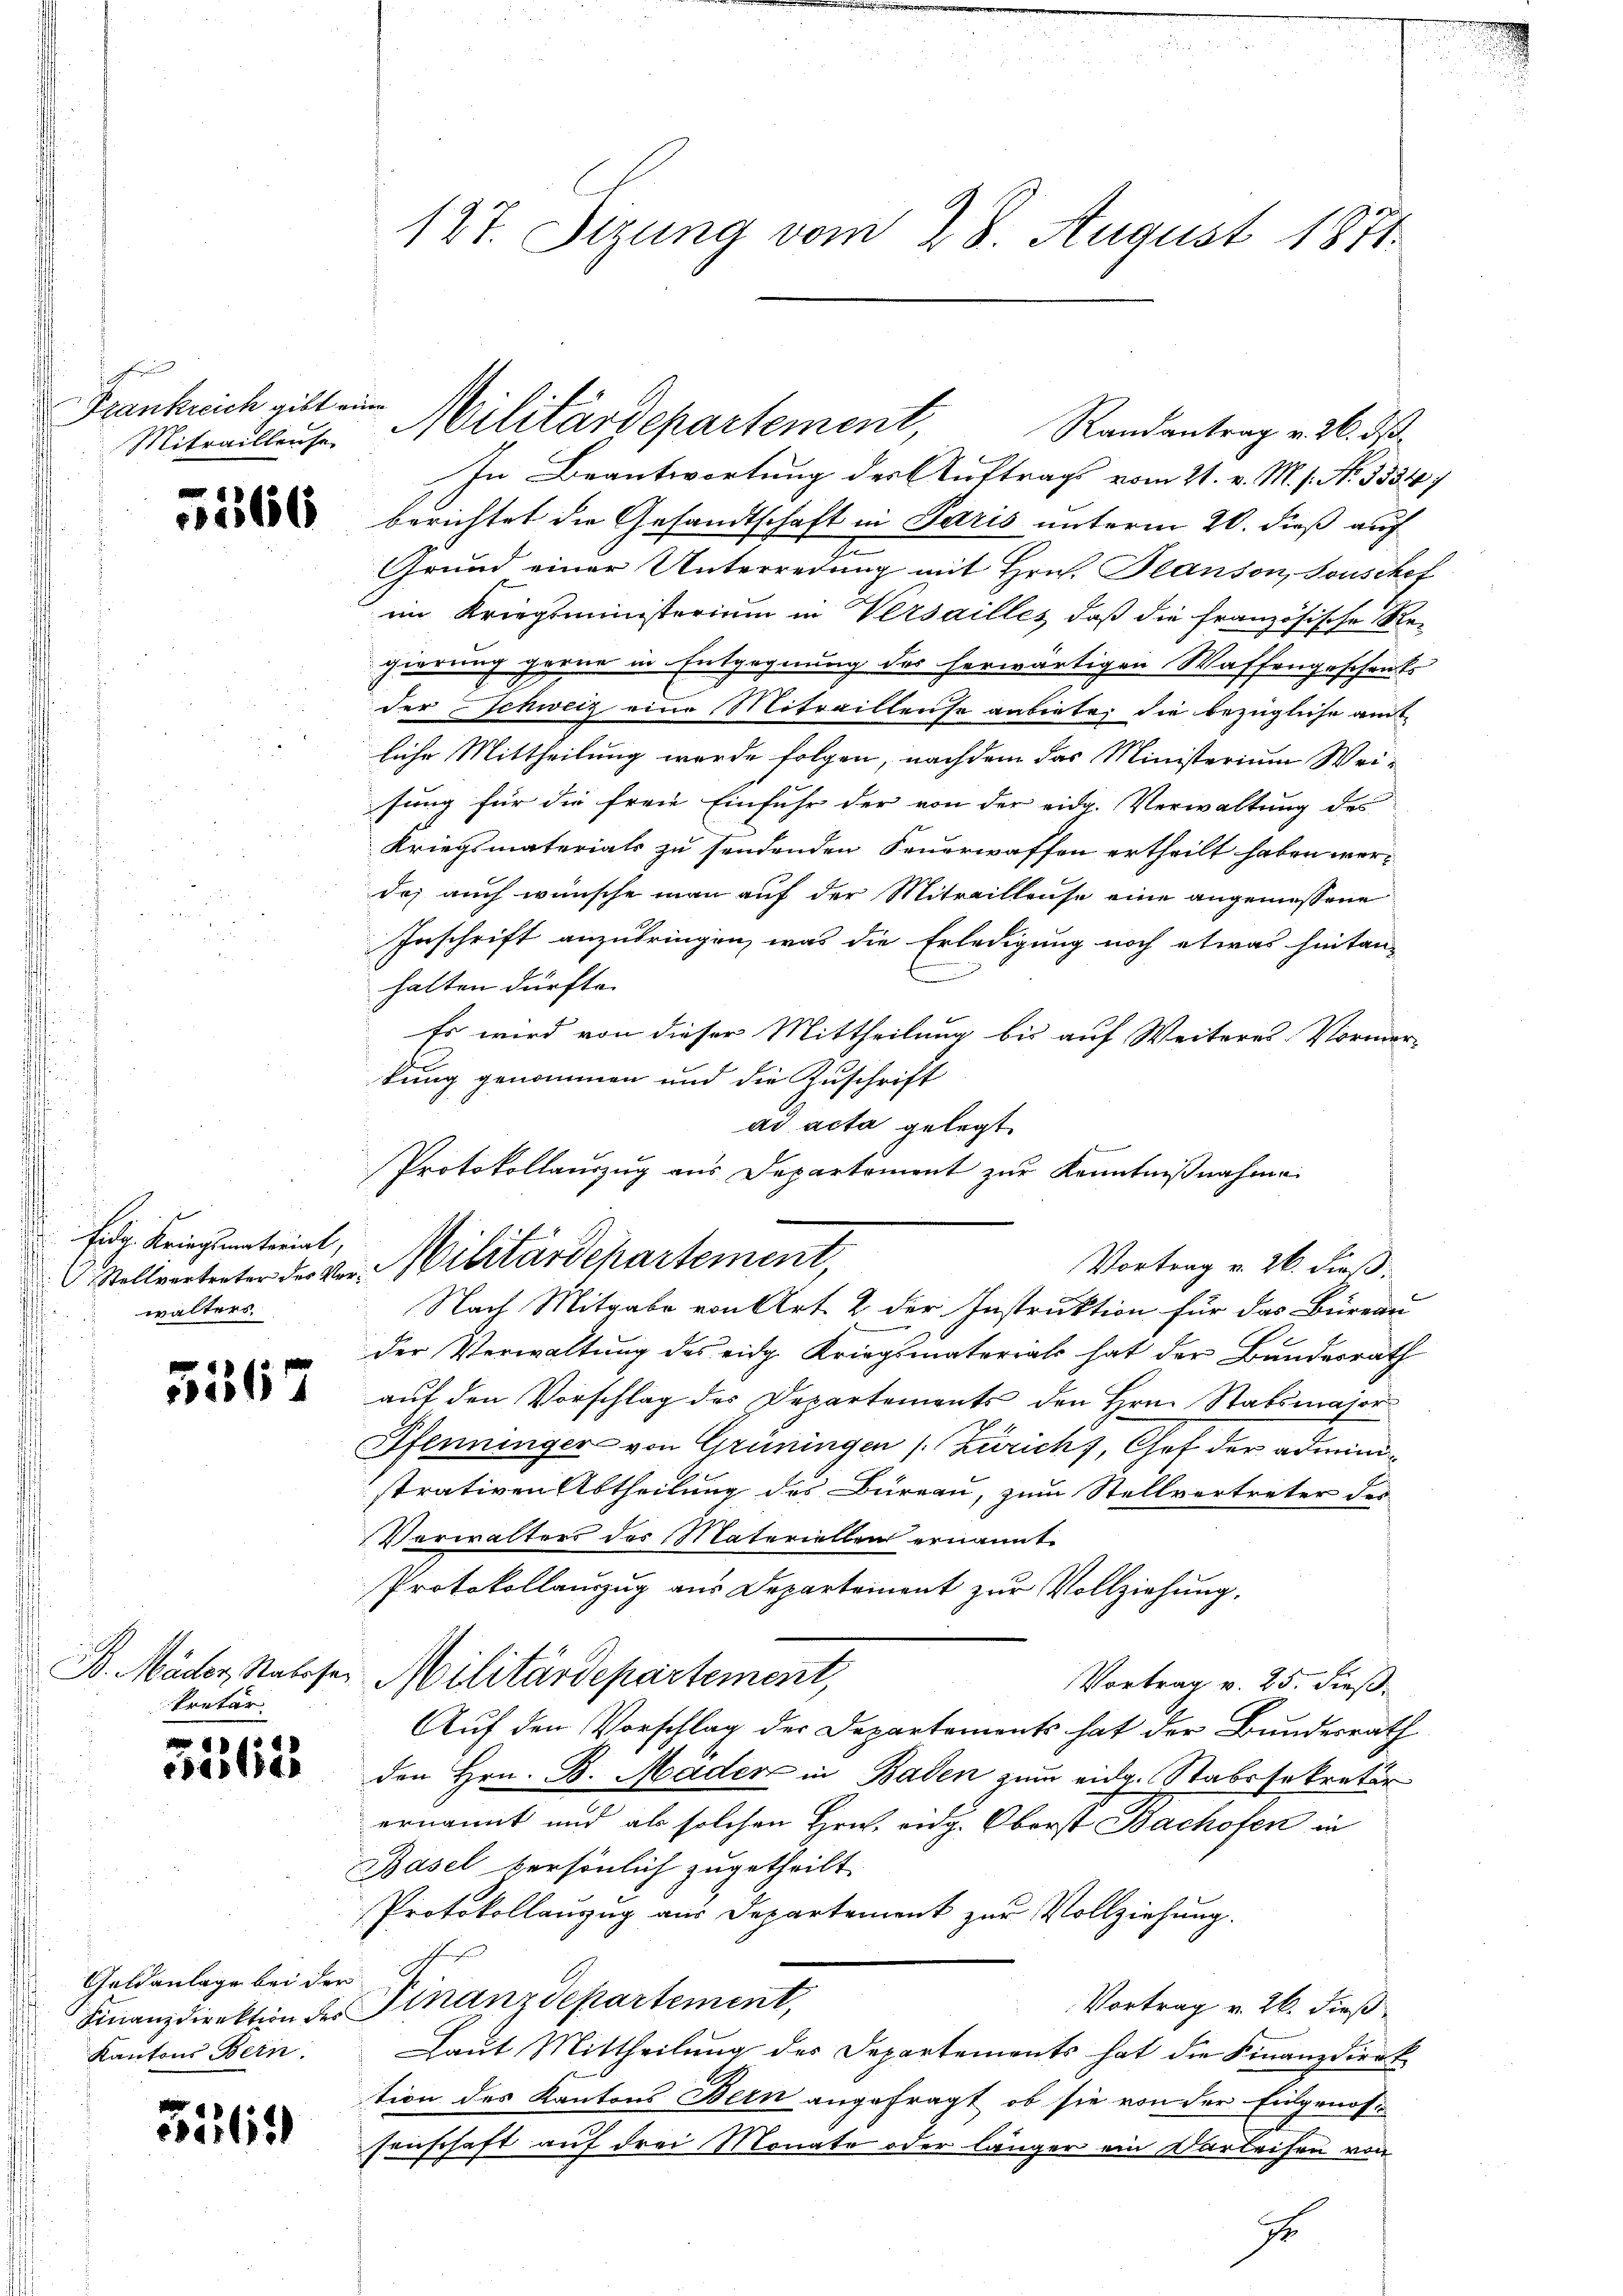
h
Frankreich gibt ein
Mitrailleuse

5266

Eidg. Kriegsmaterial,
Stellvertreter des Verwalters.

67

B. Mäder, Nahesen
kretär

1525

Geldanlage bei der
Finanzdirektion des
Kantons Bein.

Bülic

127. Stzung vom 28. August 1871.

Randantrag v. 26. ds.
In Beantwortung des Auftrags vom 21. v. M. s. No 1534)
berichtet die Gesandtschaft in Paris unterm 20. dieß auf
J.
Grund einer Unterredung mit Hrn. Planson, Souschet
im Kriegsministerium in Versailles, daß die französische Regierung gerne in Entgegnung des herwärtigen Waffengeschenks
der Schweiz eine Mitraillense anbiete, die bezügliche amt
liche Mittheilung werde folgen, nachdem das Ministerium Weisung für die freie Einfuhr der von der eidg. Verwaltung des
Kriegsmaterials zu sendenden Feuerwaffen ertheilt haben werdos auch wünsche man auf der Mitreillense eine angemessene
Inschrift anzubringen, was die Erledigung noch etwas hintan-
halten dürfte.
Es wird von dieser Mittheilung bis auf Weiteres Vormer-
kung genommen und die Zuschrift
ad acta gelegt.
Vortrag v. 26. dieß.
Nach Mitgabe von Art. 2 der Instruktion für das Büreau
der Verwaltung des eidg. Kriegsmaterials hat der Bundesrath
auf den Vorschlag des Departements den Hrn. Stabsmajor
Pfenninger von Grüningen /: Zürich), Chef der administrativen Abtheilung des Bureau, zum Stellvertreter des
Verwalters des Materiellen ernannt
Protokollauszug aus Departement zur Vollziehung,
Militärdepartement,
Vortrag v. 25. dieß.
Auf den Vorschlag der Departemonts hat der Bundesrath
den Hrn. B. Mäder in Baden zum eidg. Stabssekretär
ernannt und als solchen Hrn. eidg. Oberst Bachofen in
Basel persönlich zugetheilt.
Protokollanzug aus Departement zur Vollziehung.
Finanzdepartement,
Vortrag v. 26. dieß
Laut Mittheilung des Departements hat die Finanzdirek
tion des Kantons Bern angefragt, ob sie von der Eingenosse
senschaft auf drei Monate oder länger ein Darleisen von
E

Militärdepartement,

Protokollauszug aus Departement zur Kenntnißnahme
Militärdepartement,